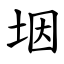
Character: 㘻